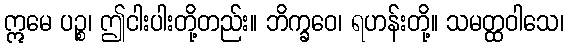
ဣမေ ပဉ္စ၊ ဤငါးပါးတို့တည်း။ ဘိက္ခဝေ၊ ရဟန်းတို့။ သမတ္ထဝါသေ၊